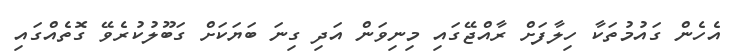
އެހެން ގައުމުތަކާ ހިލާފަށް ރާއްޖޭގައި މިނިވަން އަދި ގިނަ ބަޔަކަށް ގަބޫލުކުރެވޭ ގޮތެއްގައި